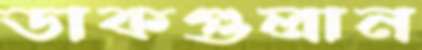
ডাকগুলান